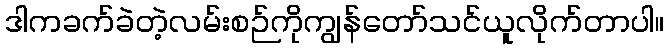
ဒါကခက်ခဲတဲ့လမ်းစဉ်ကိုကျွန်တော်သင်ယူလိုက်တာပါ။